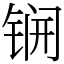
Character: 锎